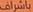
باشراف